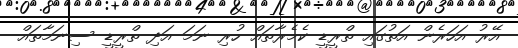
އޭރު އަހަރެން އަތުގައި ތްރީޑީ ކެމެރާތައް ހުރި ނަމަ އަދި ތްރީޑީ ސިނަމާތައް